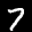
Label: 7